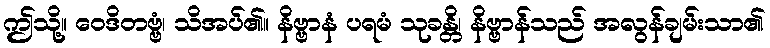
ဤသို့။ ဝေဒိတဗ္ဗံ၊ သိအပ်၏။ နိဗ္ဗာနံ ပရမံ သုခန္တိ၊ နိဗ္ဗာန်သည် အလွန်ချမ်းသာ၏